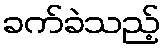
ခက်ခဲသည့်